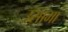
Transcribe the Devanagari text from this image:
उसामा